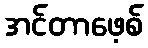
အင်တာဖေ့စ်